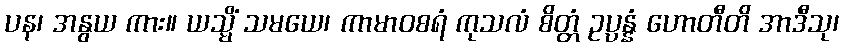
ပန၊ အနွယ ကား။ ယသ္မိံ သမယေ၊ ကာမာဝစရံ ကုသလံ စိတ္တံ ဥပ္ပန္နံ ဟောတီတိ အာဒီသု၊